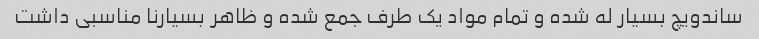
ساندویچ بسیار له شده و تمام مواد یک طرف جمع شده و ظاهر بسیار‌نا مناسبی داشت